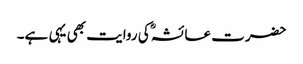
حضرت عائشہؓ کی روایت بھی یہی ہے۔